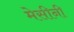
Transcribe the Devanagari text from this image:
मेसीनी